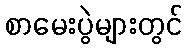
စာမေးပွဲများတွင်